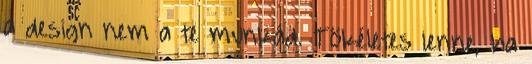
a design nem a te munkád. Tökéletes lenne, ha